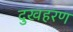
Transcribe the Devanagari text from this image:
दुखहरण